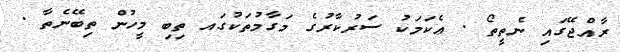
ރާއްޖޭގައި ނެތީތޯ . ޢެކަމަކު ސަރުކާރުގެ މަގާމުތަކުގައ ތިބި މީހުން ތިބޭނެތާ .